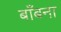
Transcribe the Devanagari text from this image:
बाँबना